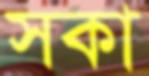
সকা